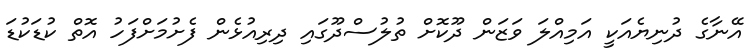
އޭނާގެ ދުނިޔެއަކީ އަމިއްލަ ވަޒަން ދޫކޮށް ތުލުސްދޫގައި ދިރިއުޅެން ފެށުމަށްފަހު އޮތް ކުޑަކުޑަ